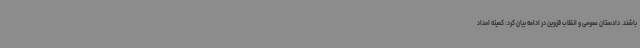
باشند. دادستان عمومی و انقلاب قزوین در ادامه بیان کرد: کمیته امداد